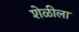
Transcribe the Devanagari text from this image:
शेळीला